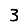
Digit: 3